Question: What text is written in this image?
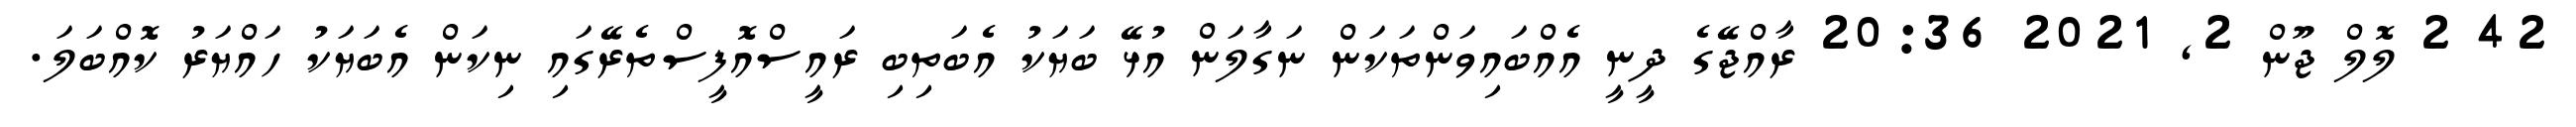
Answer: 42 2 ލޮލް ޖޫން 2, 2021 20:36 ރާއްޖޭގެ ދީނީ އެއްބައިވަންތަކަން ނަގާލަން އުޅޭ ބަޔަކު އެބަތިބި ރައީސްއޮފީސްތެރޭގައި ނިކަން އެބަޔަކު ހައްޔަރު ކޮއްބަލަ.